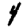
Digit: 4